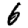
Digit: 6